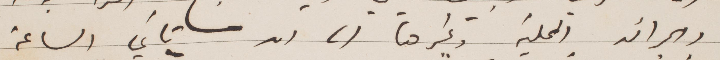
والجرائد المحلية وغيرها الى ان تأتي الساعة